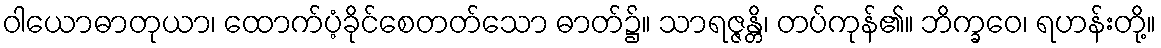
ဝါယောဓာတုယာ၊ ထောက်ပံ့ခိုင်စေတတ်သော ဓာတ်၌။ သာရဇ္ဇန္တိ၊ တပ်ကုန်၏။ ဘိက္ခဝေ၊ ရဟန်းတို့။